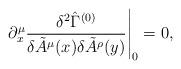
LaTeX: \begin{align*} \partial_x^\mu \frac{\delta^2\hat{\Gamma}^{(0)}} {\delta \tilde{A}^\mu(x)\delta\tilde{A}^\rho(y)} \Bigg |_0 = 0,\end{align*}